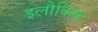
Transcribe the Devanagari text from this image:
इलौकिक